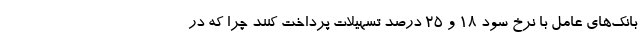
بانک‌های عامل با نرخ سود 18 و 25 درصد تسهیلات پرداخت کنند چرا که در